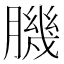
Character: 𦠄